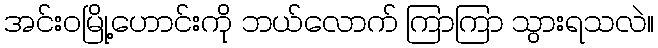
အင်းဝမြို့ဟောင်းကို ဘယ်လောက် ကြာကြာ သွားရသလဲ။